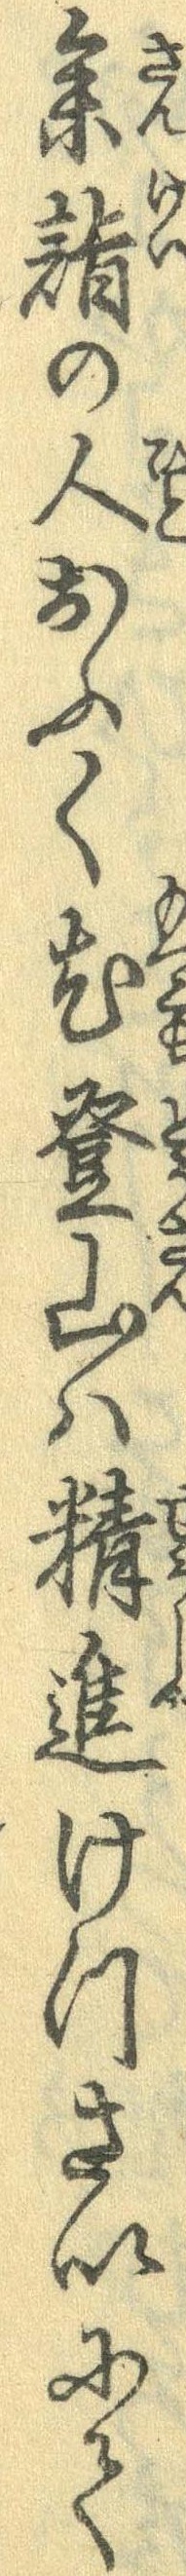
参詣の人おふく尤登山は精進けつさいにて